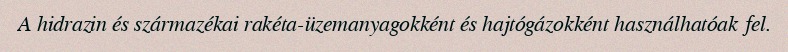
A hidrazin és származékai rakéta-üzemanyagokként és hajtógázokként használhatóak fel.